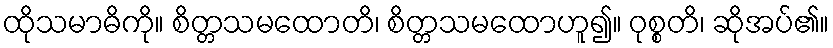
ထိုသမာဓိကို။ စိတ္တသမထောတိ၊ စိတ္တသမထောဟူ၍။ ဝုစ္စတိ၊ ဆိုအပ်၏။